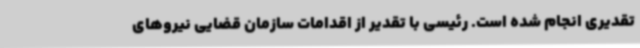
تقدیری انجام شده است. رئیسی با تقدیر از اقدامات سازمان قضایی نیروهای